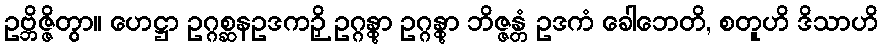
ဥဗ္ဘိဇ္ဇိတွာ။ ဟေဋ္ဌာ ဥဂ္ဂစ္ဆနဥဒကဉှိ ဥဂ္ဂန္တွာ ဥဂ္ဂန္တွာ ဘိဇ္ဇန္တံ ဥဒကံ ခေါဘေတိ, စတူဟိ ဒိသာဟိ